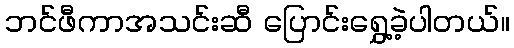
ဘင်ဖီကာအသင်းဆီ ပြောင်းရွှေ့ခဲ့ပါတယ်။